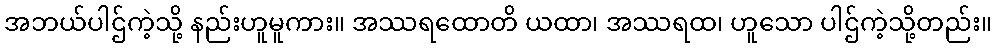
အဘယ်ပါဌ်ကဲ့သို့ နည်းဟူမူကား။ အဿရထောတိ ယထာ၊ အဿရထ၊ ဟူသော ပါဌ်ကဲ့သို့တည်း။